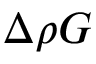
\Delta \rho G